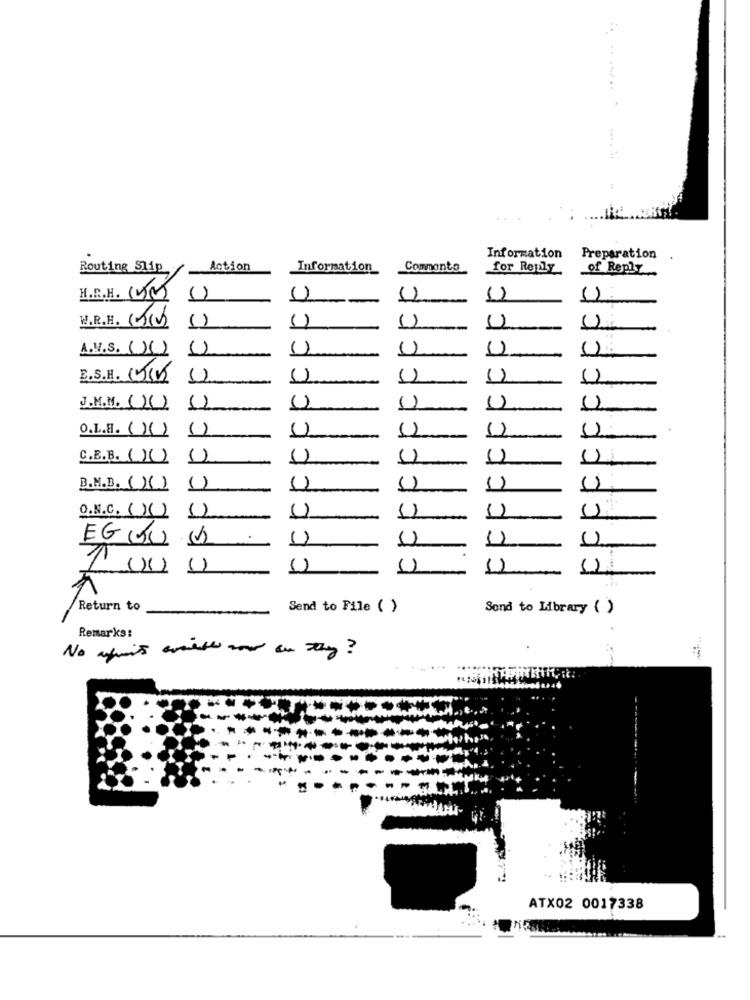
:
Information
Preparation
Routing Slip
Action
Information
Commonto
for Reply
of Reply
H.R.H. (IM)
-
()
W.R.E. (0)
A.V.S. ()()
E.S.H. (51)
J.M.M. ())
11
()
0.L.E. ())
()
()
().
C.E.B. ()()
1)
(1)
B.M.B. (X )
1)
()
()
O.N.C. ()))
()
700
( )
Return to
Send to File ( )
Send to Library ( )
Remarks:
ATX02 0017338